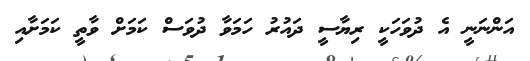
އަންނަނީ އެ ދުވަހަކީ ރިޔާސީ ދައުރު ހަމަވާ ދުވަސް ކަމަށް ވާތީ ކަމަށާއި